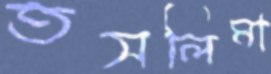
তসলিমা